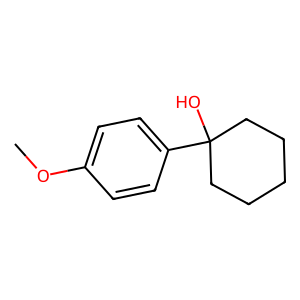
SMILES: COc1ccc(C2(O)CCCCC2)cc1
Inhibits HIV replication: No